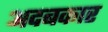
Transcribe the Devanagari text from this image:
अदबकार